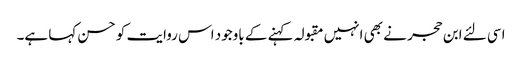
اسی لئے ابن حجر نے بھی انہیں مقبولہ کہنے کے باوجود اس روایت کو حسن کہا ہے۔